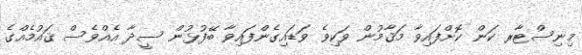
މިނިސްޓާރ ކަން ކޮށްފައިވާ މަޤާމުން ވަކިވެ ވަޑައިގެންފައިވާ ބޭފުޅުން ސީދާ އެއްވެސް ޤައުމެއްގެ